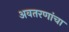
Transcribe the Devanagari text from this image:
अवतरणांचा